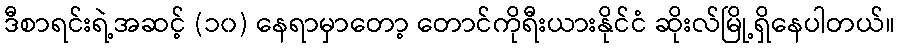
ဒီစာရင်းရဲ့အဆင့် (၁၀) နေရာမှာတော့ တောင်ကိုရီးယားနိုင်ငံ ဆိုးလ်မြို့ရှိနေပါတယ်။